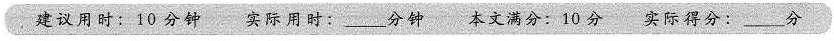
建议用时：10分钟 实际用时:___ 分钟 本文满分：10分 实际得分：___ 分